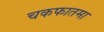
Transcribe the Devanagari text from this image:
चकफातमा